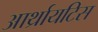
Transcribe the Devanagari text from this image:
आर्थ्रायटिस